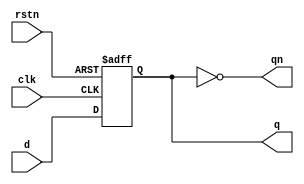
`timescale 1ns / 1ps
//////////////////////////////////////////////////////////////////////////////////
// Company: 
// Engineer: 
// 
// Design Name: 
// Module Name: ripp
// Project Name: 
// Target Devices: 
// Tool Versions: 
// Description: 
// 
// Dependencies: 
// 
// Revision:
// Revision 0.01 - File Created
// Additional Comments:
// 
//////////////////////////////////////////////////////////////////////////////////


module dff (   input d,
               input clk,
               input rstn,
               output reg q,
               output qn);
   always @ (posedge clk or negedge rstn)
      if (!rstn)
         q <= 0;
      else  
         q <= d;
 
   assign qn = ~q;
endmodule
 
module ripple ( input clk,
                input rstn,
                output [3:0] out);
   wire  q0;
   wire  qn0;
   wire  q1;
   wire  qn1;
   wire  q2;
   wire  qn2;
   wire  q3;
   wire  qn3;
 
   dff   dff0 ( .d (qn0), 
                .clk (clk),
                .rstn (rstn),
                .q (q0),
                .qn (qn0));
 
   dff   dff1 ( .d (qn1), 
                .clk (q0),
                .rstn (rstn),
                .q (q1),
                .qn (qn1));
 
   dff   dff2 ( .d (qn2), 
                .clk (q1),
                .rstn (rstn),
                .q (q2),
                .qn (qn2));
 
   dff   dff3 ( .d (qn3), 
                .clk (q2),
                .rstn (rstn),
                .q (q3),
                .qn (qn3));
 
   assign out = {qn3, qn2, qn1, qn0};
 
endmodule